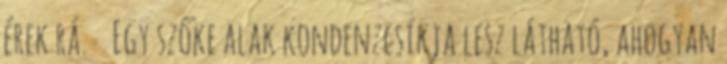
érek rá. Egy szőke alak kondenzcsíkja lesz látható, ahogyan